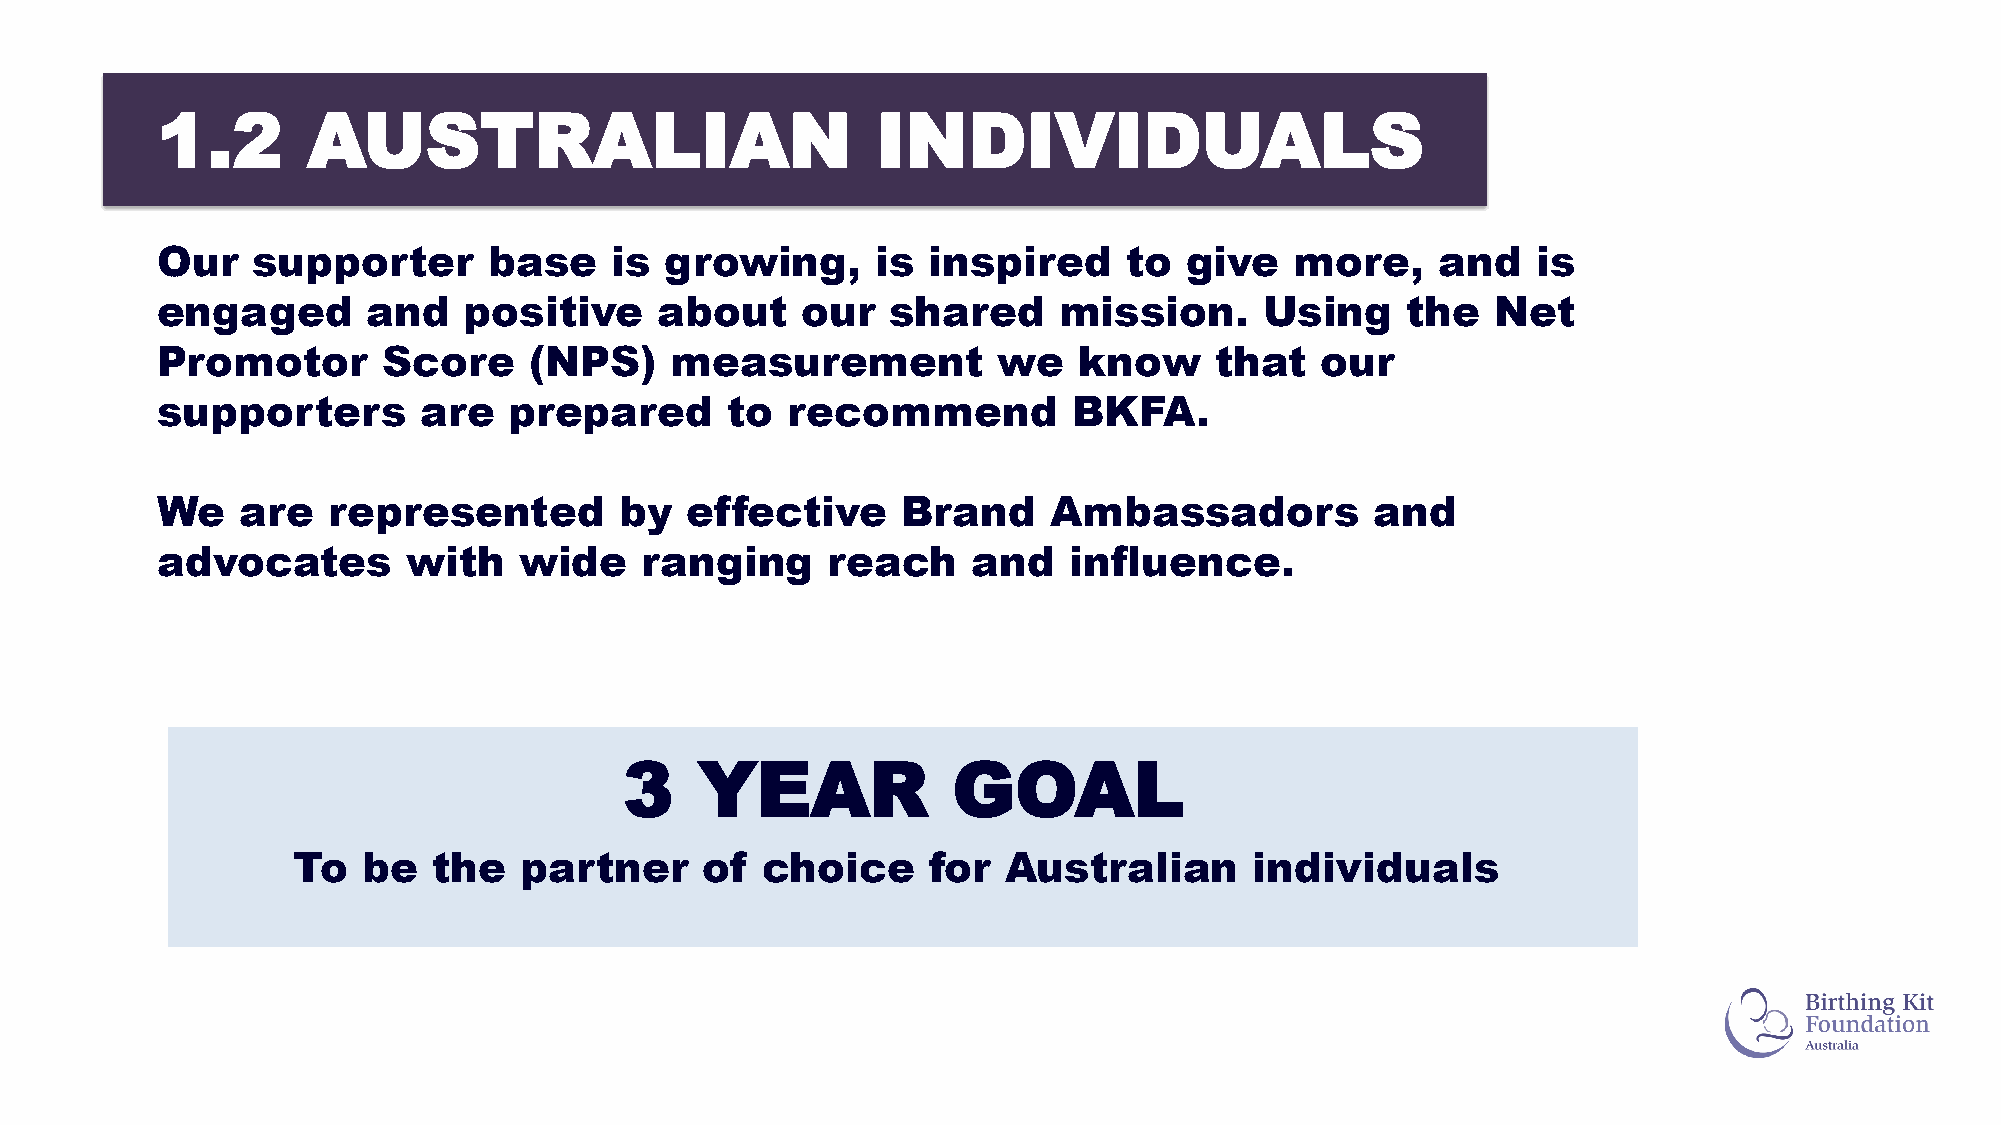
1.2       AUSTRALIAN                            INDIVIDUALS
 Our    supporter      base    is  growing,      is inspired      to  give   more,    and    is
 engaged       and    positive     about    our   shared     mission.      Using    the   Net
 Promotor       Score     (NPS)    measurement           we   know     that   our
 supporters        are   prepared      to  recommend          BKFA.
 We    are   represented        by  effective      Brand    Ambassadors           and
 advocates        with   wide    ranging      reach    and    influence.
 3    YEAR             GOAL
 To   be   the  partner      of choice     for   Australian      individuals